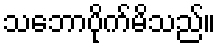
သဘောပိုက်မိသည်။